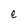
Character: e